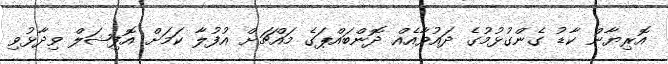
އޮރިޔާން ކާޑު ގެންގުޅުމުގެ ދައުވާއެއް ދޮންބައްޕަގެ މައްޗަށް އުފުލާ ކަމަށް އޮފިޝަލް ވިދާޅުވި